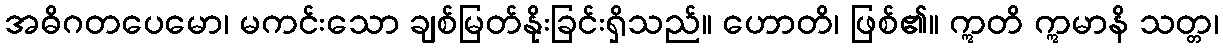
အဓိဂတပေမော၊ မကင်းသော ချစ်မြတ်နိုးခြင်းရှိသည်။ ဟောတိ၊ ဖြစ်၏။ ဣတိ ဣမာနိ သတ္တ၊